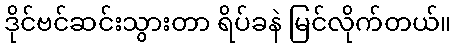
ဒိုင်ဗင်ဆင်းသွားတာ ရိပ်ခနဲ မြင်လိုက်တယ်။